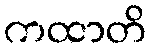
ကထာတိ